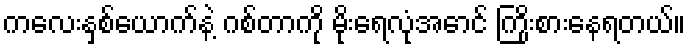
ကလေးနှစ်ယောက်နဲ့ ဂစ်တာကို မိုးရေလုံအောင် ကြိုးစားနေရတယ်။